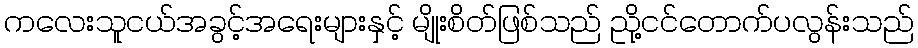
ကလေးသူငယ်အခွင့်အရေးများနှင့် မျိုးစိတ်ဖြစ်သည် ညို့ငင်တောက်ပလွန်းသည်